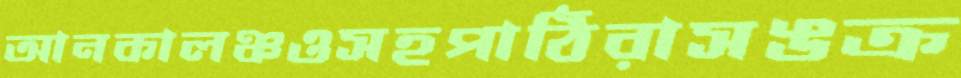
আনকালঞ্চওসহপাঠিরাসঙক্র